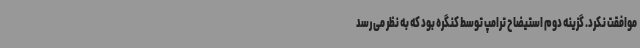
موافقت نکرد. گزینه دوم استیضاح ترامپ توسط کنگره بود که به نظر می رسد